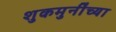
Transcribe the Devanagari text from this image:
शुकमुनींच्या